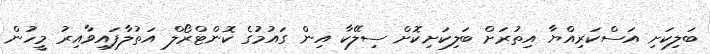
ބަލިކަށި އަސްކަރިއްޔާ އިތުރަށް ބަލިކަށިކޮށް ސިލޭކާ އިން ގައުމުގެ ކޮންޓްރޯލް އަތުލާފައިވާއިރު މީހުން